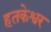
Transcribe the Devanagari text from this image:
हतकेश्वर